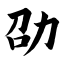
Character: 劭